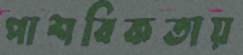
পাশবিকতায়